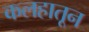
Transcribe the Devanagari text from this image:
कलहातून